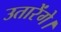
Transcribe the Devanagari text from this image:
उतारेंगे।